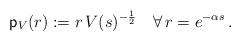
LaTeX: \begin{align*}\mathsf p_V(r):=r\,V(s)^{-\frac12}\quad\forall\,r=e^{-\alpha s}\,.\end{align*}